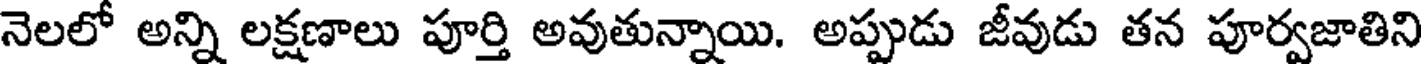
నెలలో అన్ని లక్షణాలు పూర్తి అవుతున్నాయి. అప్పుడు జీవుడు తన పూర్వజాతిని